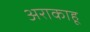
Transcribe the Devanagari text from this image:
अराकाहू